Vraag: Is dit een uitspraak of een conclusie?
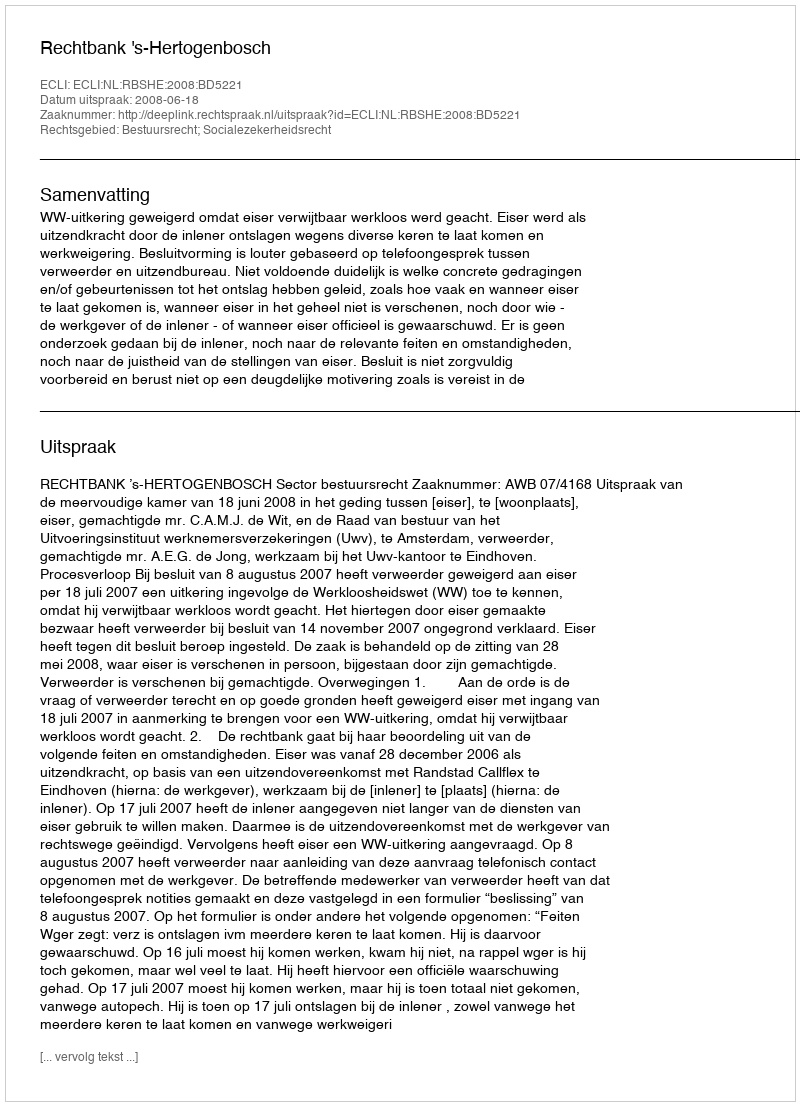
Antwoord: Uitspraak